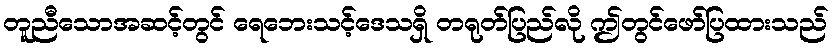
တူညီသောအဆင့်တွင် ရေဘေးသင့်ဒေသရှိ တရုတ်ပြည်လို ဤတွင်ဖော်ပြထားသည်